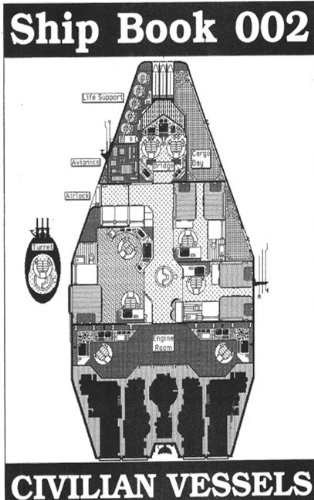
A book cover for DCS Ship Book 2 (DCS Roleplay); Jeff Coplen; Science Fiction & Fantasy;